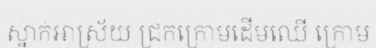
ស្នាក់អាស្រ័យ ជ្រកក្រោមដើមឈើ ក្រោម